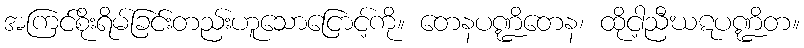
အကြင်စိုးရိမ်ခြင်းတည်းဟူသောငြောင့်ကို။ တေနပဏ္ဍိတေန၊ ထိုငါ့ညီဃဋပဏ္ဍိတ။